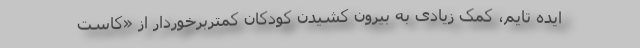
ایده تایم، کمک زیادی به بیرون کشیدن کودکان کمتربرخوردار از «کاست